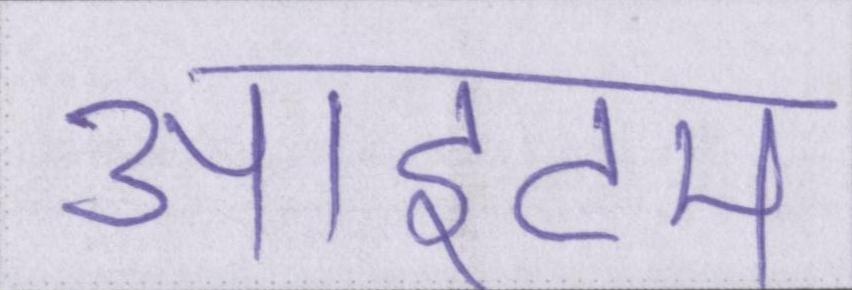
आइटम